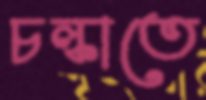
চল্‌কাতে